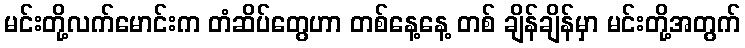
မင်းတို့လက်မောင်းက တံဆိပ်တွေဟာ တစ်နေ့နေ့ တစ် ချိန်ချိန်မှာ မင်းတို့အတွက်